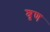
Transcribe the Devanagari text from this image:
श्रृण